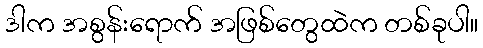
ဒါက အစွန်းရောက် အဖြစ်တွေထဲက တစ်ခုပါ။